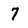
Character: 7